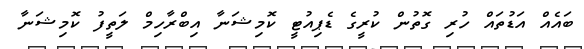
ބައެއް އަޑުތައް ހުރި ގޮތުން ކުރީގެ ޑެޕިއުޓީ ކޮމިޝަނާ އިބްރާހިމް ލަތީފު ކޮމިޝަނާ